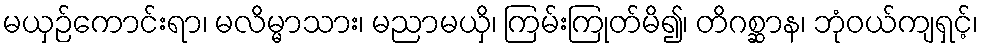
မယှဉ်ကောင်းရာ၊ မလိမ္မာသား၊ မညာမယှိ၊ ကြမ်းကြုတ်မိ၍၊ တိဂစ္ဆာန၊ ဘုံဝယ်ကျရှင့်၊